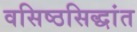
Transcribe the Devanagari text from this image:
वसिष्ठसिद्धांत